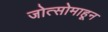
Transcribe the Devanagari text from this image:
जोत्सोमाहून